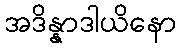
အဒိန္နာဒါယိနော